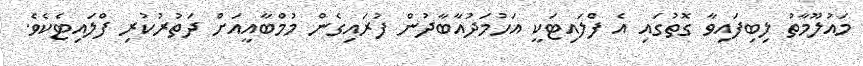
މައުލޫމާތު ލިބިފައިވާ ގޮތުގައި އެ ފްލައިޓަކީ އަހުމަދުއާބާދުން ފުރައިގެން މުމްބާއީއަށް ދަތުރުކުރި ފްލައިޓެކެވެ.